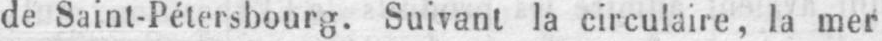
de Saint-Pétersbourg. Suivant la circulaire, la mer